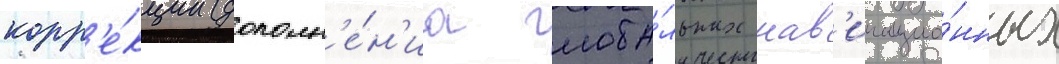
корр'е́кции (дополн'е́н'иа глоба́льных нав'игацио́нных